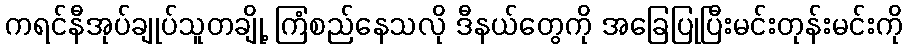
ကရင်နီအုပ်ချုပ်သူတချို့ ကြံစည်နေသလို ဒီနယ်တွေကို အခြေပြုပြီးမင်းတုန်းမင်းကို